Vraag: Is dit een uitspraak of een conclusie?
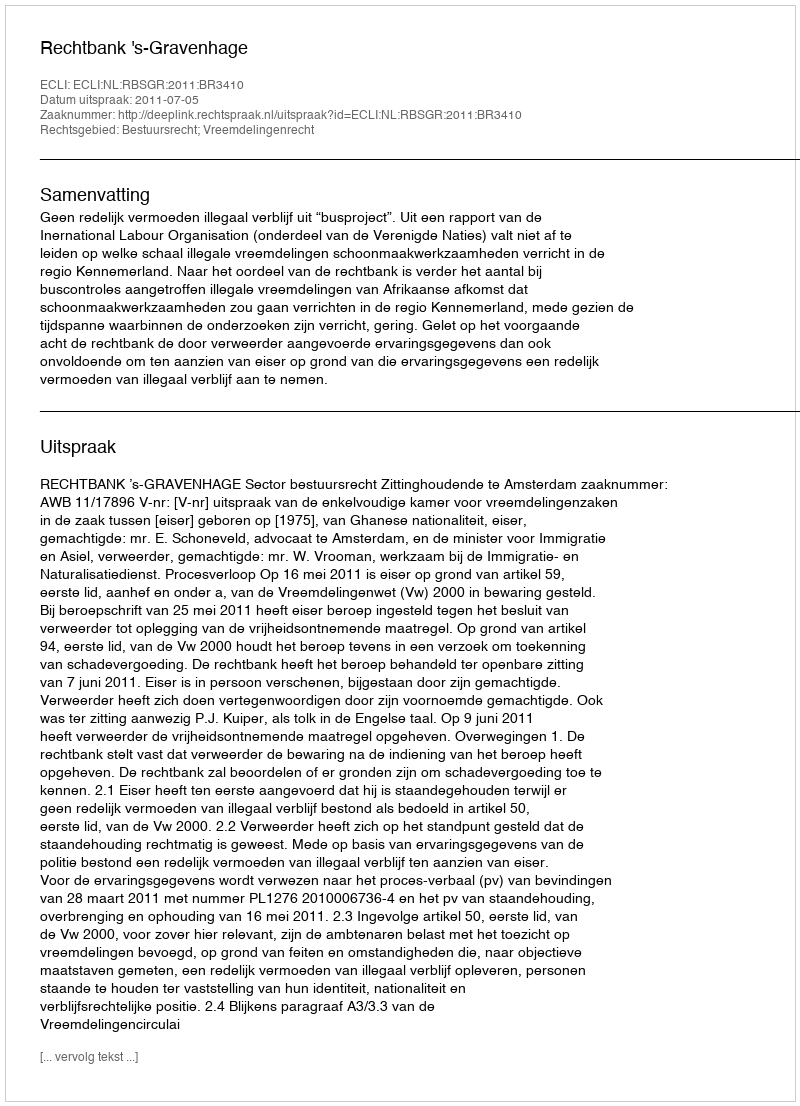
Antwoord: Uitspraak